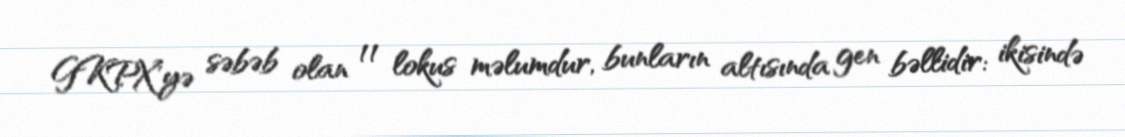
GKPX'yə səbəb olan 11 lokus məlumdur, bunların altısında gen bəllidir: ikisində